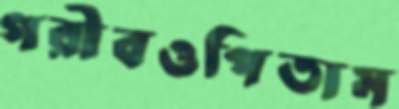
গরীবওপিতাম